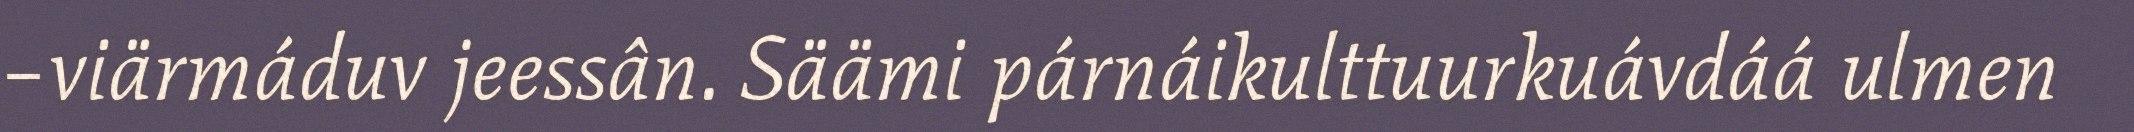
–viärmáduv jeessân. Säämi párnáikulttuurkuávdáá ulmen